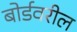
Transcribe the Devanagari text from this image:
बोर्डवरील